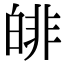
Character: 𤾅